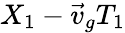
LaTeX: X_{1}-\vec{v}_{g}T_{1}